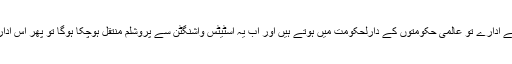
اس کی ایک وجہ یہ بھی ہوگی کہ اقوام متحدہ جیسے ادارے تو عالمی حکومتوں کے دارلحکومت میں ہوتے ہیں اور اب یہ اسٹیٹس واشنگٹن سے پروشلم منتقل ہوچکا ہوگا تو پھر اس ادارے کی ویسے بھی وہاں ضرورت نہیں رہے گی ۔